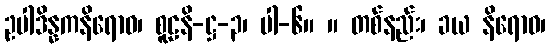
ဥပါဒိန္နကနိရောဓ၊ စူဠနိ-ဋ္ဌ-၃၊ ပါ-၆။ ။ တစ်နည်း၊ ခယ နိရောဓ၊